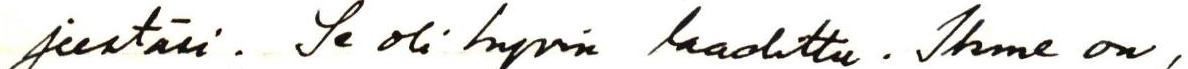
jeestäsi. Se oli hyvin laadittu. Ihme on,